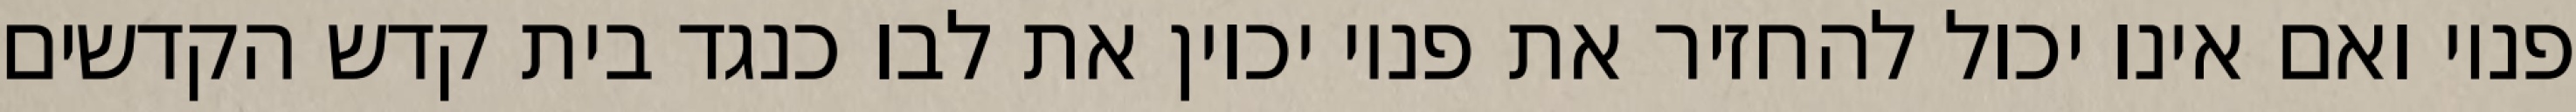
פניו ואם אינו יכול להחזיר את פניו יכוין את לבו כנגד בית קדש הקדשים